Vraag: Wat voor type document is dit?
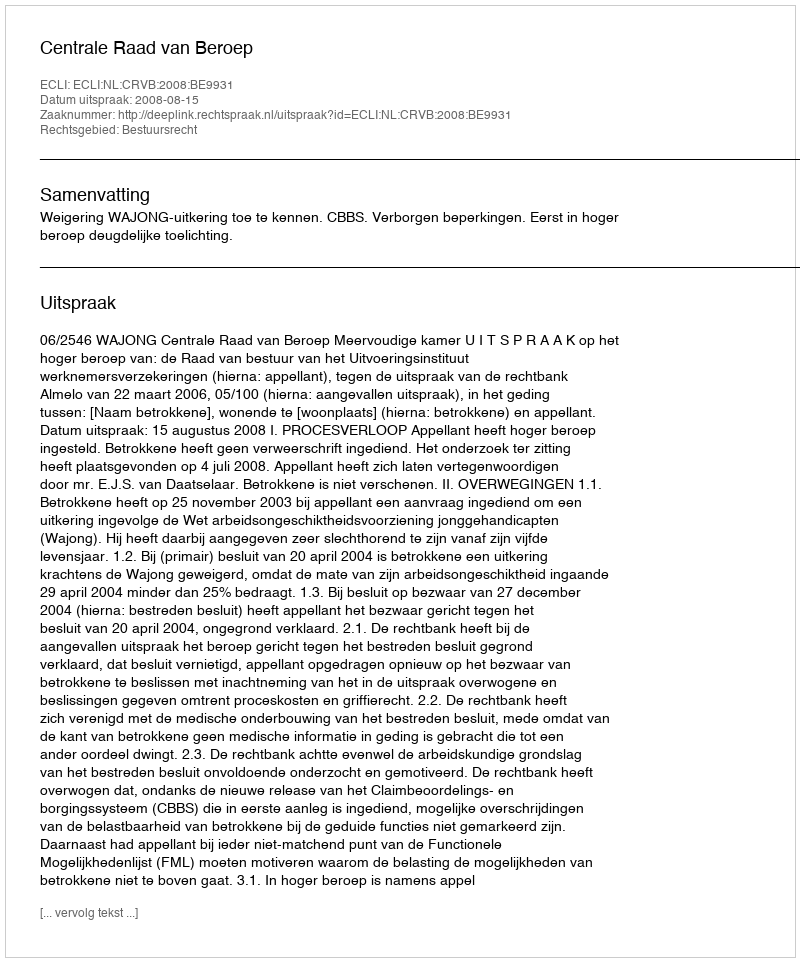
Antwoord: Uitspraak